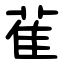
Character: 雈